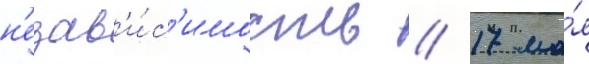
н'езав'и́с'имость // 17 ма́я